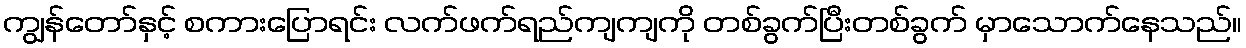
ကျွန်တော်နှင့် စကားပြောရင်း လက်ဖက်ရည်ကျကျကို တစ်ခွက်ပြီးတစ်ခွက် မှာသောက်နေသည်။